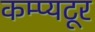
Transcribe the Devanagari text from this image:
कम्प्यटूर